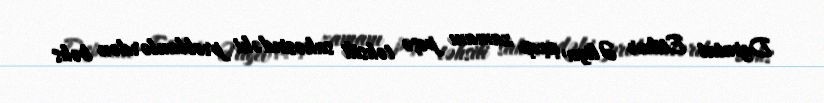
Deputat Etibar Əliyev çıxışı zamanı peşə təhsili sahəsindəki problemlərdən bəhs